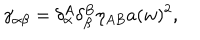
\gamma _ { \alpha \beta } = \delta _ { \alpha } ^ { A } \delta _ { \beta } ^ { B } \eta _ { A B } a ( w ) ^ { 2 } ,